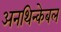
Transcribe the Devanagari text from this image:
अनथिन्केबल